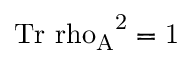
\mathrm { { T r } { \ r h o _ { A } } ^ { 2 } = 1 }